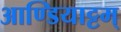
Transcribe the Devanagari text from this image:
आण्डियाट्टम्